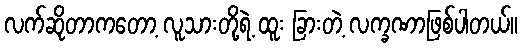
လက်ဆိုတာကတော့ လူသားတို့ရဲ့ ထူး ခြားတဲ့ လက္ခဏာဖြစ်ပါတယ်။